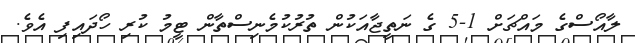
ލާއޯސްގެ މައްޗަށް 1-5 ގެ ނަތީޖާއަކުން ތުރުކުމެނިސްތާން ޓީމު ކުރި ހޯދައިފި އެވެ.